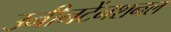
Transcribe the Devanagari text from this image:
उनीनटेंनशनल